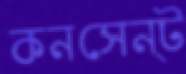
কনসেন্ট